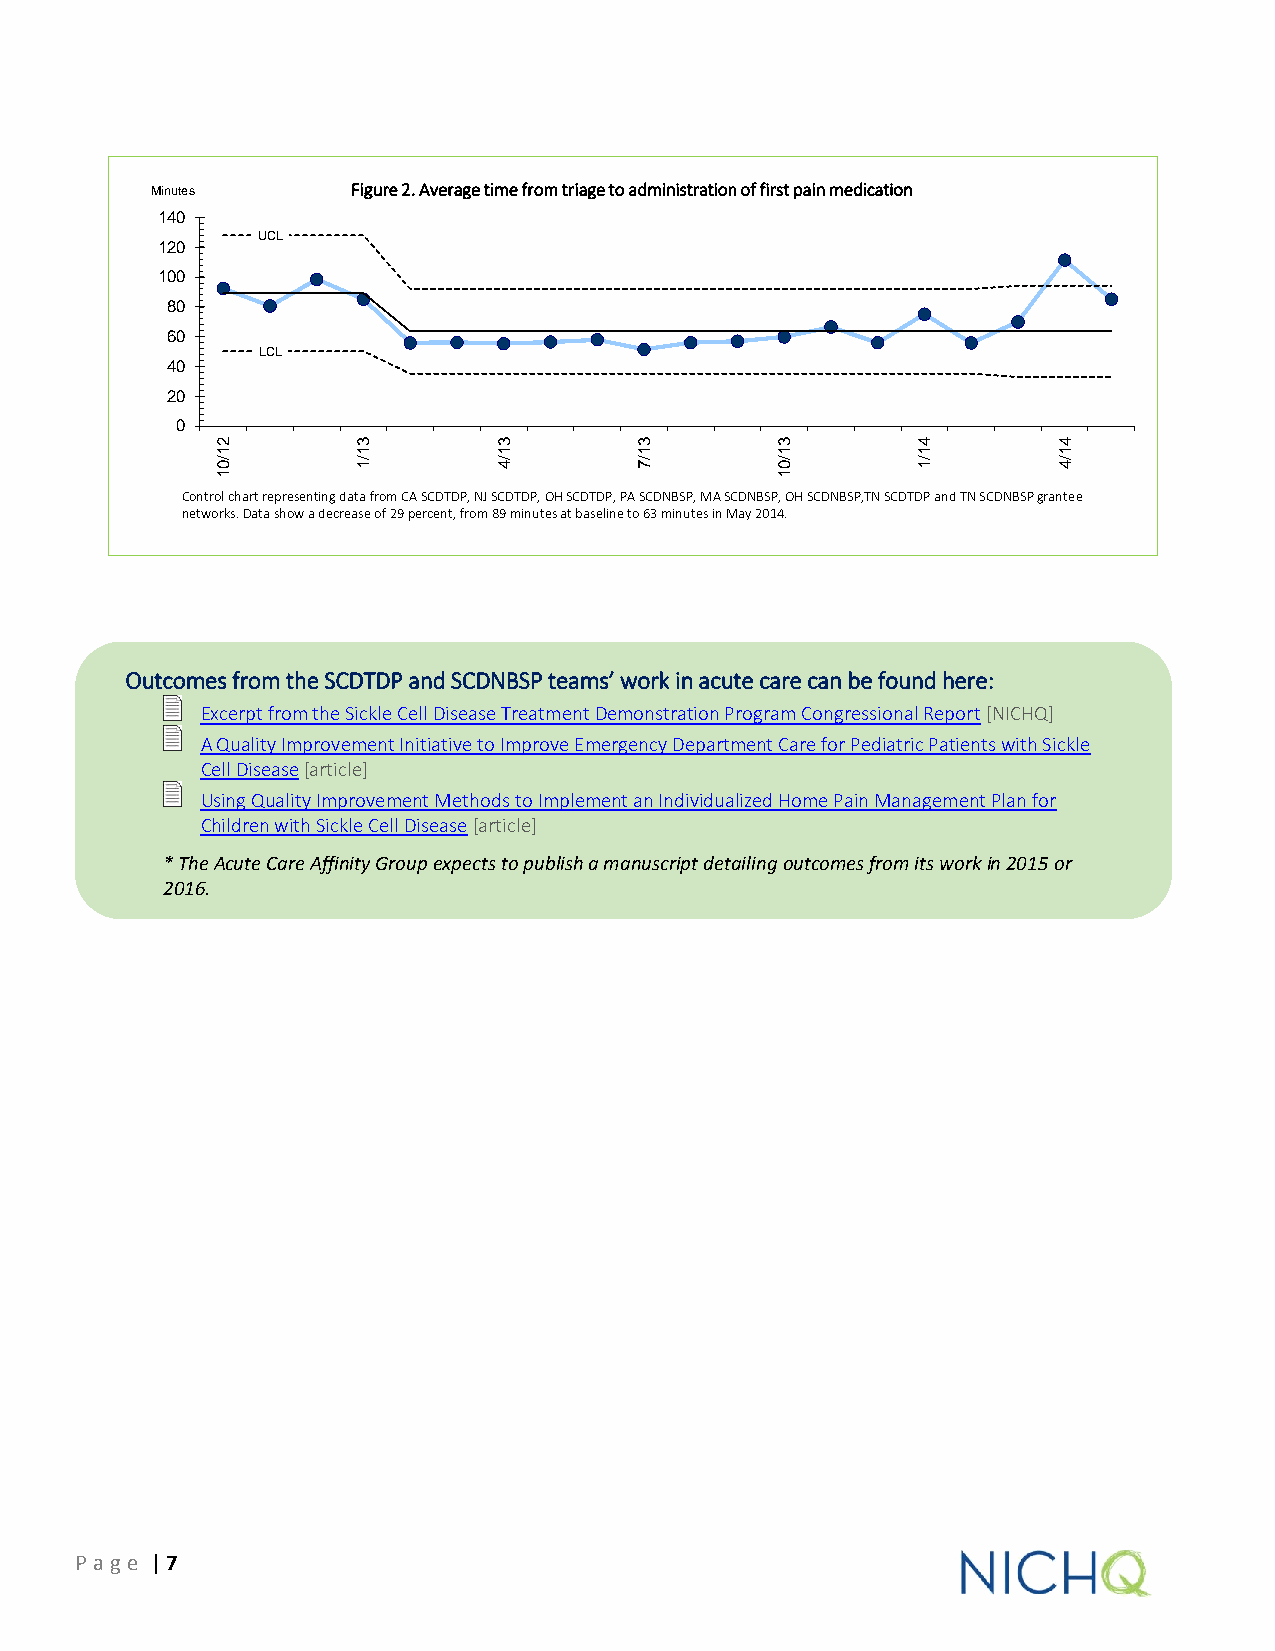
Minutes      Figure 2. Average time from triage to administration of first pain medication
 140
 UCL
 120
 100
 80
 60
 LCL
 40
 20
 0
 2         3        3        3        3         4        4
 1         1        1        1        1         1        1
 /0        /1       /4       /7       /0        /1       /4
 1                                    1
 Control chart representing data from CA SCDTDP, NJ SCDTDP, OH SCDTDP, PA SCDNBSP, MA SCDNBSP, OH SCDNBSP,TN SCDTDP and TN SCDNBSP grantee
 networks.Datashow a decrease of 29percent, from 89 minutes at baseline to 63 minutes in May 2014.
 Outcomes from the SCDTDP and SCDNBSP teams’ work in acute care can be found here:
 Excerpt from the Sickle Cell Disease Treatment Demonstration Program Congressional Report [NICHQ]
 A Quality Improvement Initiative to Improve Emergency Department Care for Pediatric Patients with Sickle
 Cell Disease [article]
 Using Quality Improvement Methods to Implement an Individualized Home Pain Management Plan for
 Children with Sickle Cell Disease [article]
 * The Acute Care Affinity Group expects to publish a manuscript detailing outcomes from its work in 2015 or
 2016.
 P age | 7